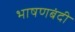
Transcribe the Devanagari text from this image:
भाषणबंदी